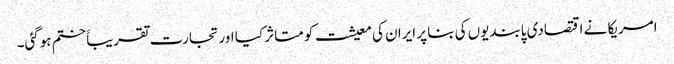
امریکا نے اقتصادی پابندیوں کی بنا پر ایران کی معیشت کو متاثر کیا اور تجارت تقریباََ ختم ہوگئی۔